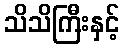
သိသိကြီးနှင့်